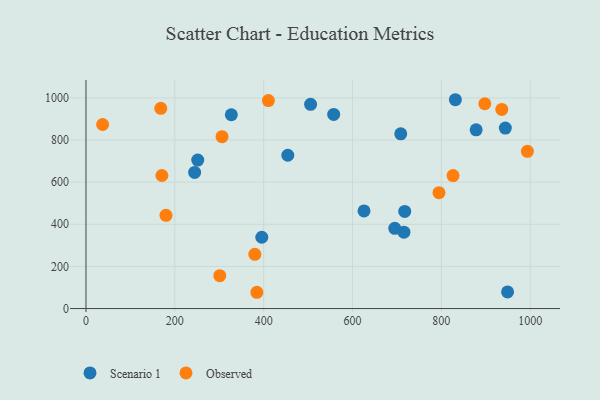
{"axis": {"x": "Distance", "y": "Exam Score"}, "legend": ["Observed", "Scenario 1"], "data": [{"x": "944.0", "y": 856.5, "type": "Scenario 1"}, {"x": "717.5", "y": 460.9, "type": "Scenario 1"}, {"x": "878.3", "y": 848.3, "type": "Scenario 1"}, {"x": "251.6", "y": 704.7, "type": "Scenario 1"}, {"x": "831.5", "y": 991.1, "type": "Scenario 1"}, {"x": "244.6", "y": 646.1, "type": "Scenario 1"}, {"x": "715.7", "y": 362.4, "type": "Scenario 1"}, {"x": "708.6", "y": 829.2, "type": "Scenario 1"}, {"x": "949.0", "y": 78.9, "type": "Scenario 1"}, {"x": "695.1", "y": 381.0, "type": "Scenario 1"}, {"x": "454.3", "y": 727.7, "type": "Scenario 1"}, {"x": "557.6", "y": 921.2, "type": "Scenario 1"}, {"x": "625.9", "y": 463.2, "type": "Scenario 1"}, {"x": "505.6", "y": 969.3, "type": "Scenario 1"}, {"x": "395.8", "y": 338.4, "type": "Scenario 1"}, {"x": "327.2", "y": 919.9, "type": "Scenario 1"}, {"x": "180.1", "y": 442.3, "type": "Observed"}, {"x": "384.7", "y": 77.3, "type": "Observed"}, {"x": "794.6", "y": 549.9, "type": "Observed"}, {"x": "37.5", "y": 873.6, "type": "Observed"}, {"x": "301.2", "y": 156.0, "type": "Observed"}, {"x": "826.3", "y": 631.0, "type": "Observed"}, {"x": "993.6", "y": 746.1, "type": "Observed"}, {"x": "380.1", "y": 257.5, "type": "Observed"}, {"x": "410.6", "y": 987.1, "type": "Observed"}, {"x": "897.8", "y": 972.0, "type": "Observed"}, {"x": "170.9", "y": 631.6, "type": "Observed"}, {"x": "936.0", "y": 945.2, "type": "Observed"}, {"x": "306.3", "y": 815.6, "type": "Observed"}, {"x": "168.4", "y": 950.1, "type": "Observed"}]}